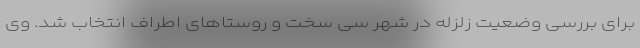
برای بررسی وضعیت زلزله در شهر سی سخت و روستاهای اطراف انتخاب شد. وی